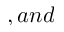
, a n d